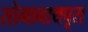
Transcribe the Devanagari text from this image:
सोमानाथपूरा